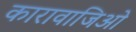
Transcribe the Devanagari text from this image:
कारावाजिओ